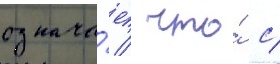
означа́ет / что́ с